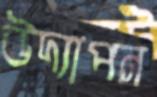
উদ্যাপন